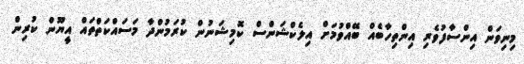
މިނިވަން އިންސާފުވެރި އިންތިހާބެއް ބޭއްވުމަށް އިލެކްޝަންސް ކޮމިޝަނުން ކުރަމުންދާ މަސައްކަތްތައް އީޔޫން ކުރިން